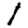
Digit: 1